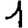
Digit: 1